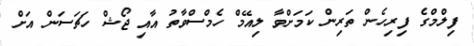
ފިލްމްގެ ފިރިހެން ތަރިން ކަމަށްވާ ލިއޭމް ހެމްސްވާތު އާއި ޖޯޝް ހަޗަސަން އަށް